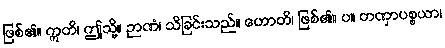
ဖြစ်၏။ ဣတိ၊ ဤသို့။ ဉာဏံ၊ သိခြင်းသည်။ ဟောတိ၊ ဖြစ်၏။ ပ။ တဏှာပစ္စယာ၊